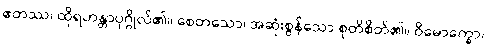
ဧတဿ၊ ထိုရဟန္တာပုဂ္ဂိုလ်၏။ စေတသော၊ အဆုံးစွန်သော စုတိစိတ်၏။ ဝိမောက္ခော၊